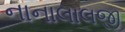
નાનાલાલજી